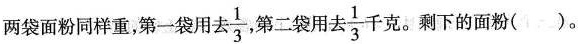
两袋面粉同样重，第一袋用去\frac{1}{3},第二袋用去\frac{1}{3}千克。剩下的面粉()。